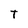
Character: T